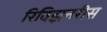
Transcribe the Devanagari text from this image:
रिविझ़नरीस